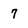
Character: 7